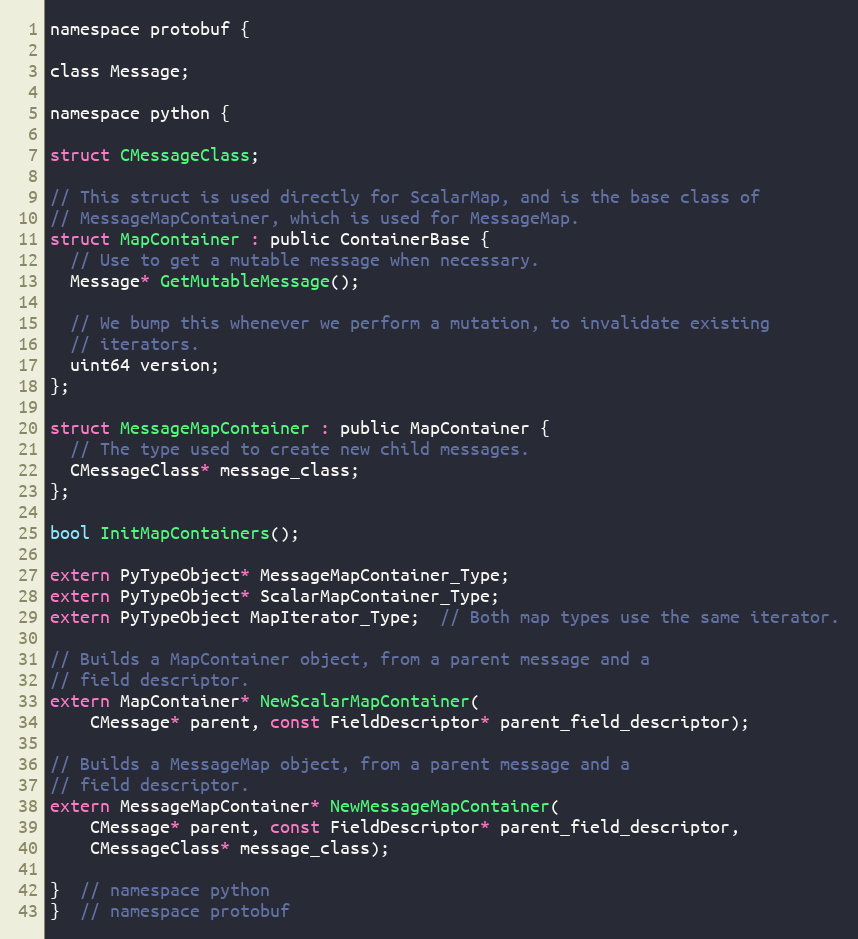
Language: C
namespace protobuf {

class Message;

namespace python {

struct CMessageClass;

// This struct is used directly for ScalarMap, and is the base class of
// MessageMapContainer, which is used for MessageMap.
struct MapContainer : public ContainerBase {
  // Use to get a mutable message when necessary.
  Message* GetMutableMessage();

  // We bump this whenever we perform a mutation, to invalidate existing
  // iterators.
  uint64 version;
};

struct MessageMapContainer : public MapContainer {
  // The type used to create new child messages.
  CMessageClass* message_class;
};

bool InitMapContainers();

extern PyTypeObject* MessageMapContainer_Type;
extern PyTypeObject* ScalarMapContainer_Type;
extern PyTypeObject MapIterator_Type;  // Both map types use the same iterator.

// Builds a MapContainer object, from a parent message and a
// field descriptor.
extern MapContainer* NewScalarMapContainer(
    CMessage* parent, const FieldDescriptor* parent_field_descriptor);

// Builds a MessageMap object, from a parent message and a
// field descriptor.
extern MessageMapContainer* NewMessageMapContainer(
    CMessage* parent, const FieldDescriptor* parent_field_descriptor,
    CMessageClass* message_class);

}  // namespace python
}  // namespace protobuf